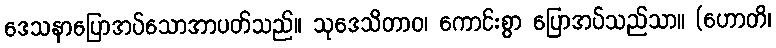
ဒေသနာပြောအပ်သောအာပတ်သည်။ သုဒေသိတာဝ၊ ကောင်းစွာ ပြောအပ်သည်သာ။ (ဟောတိ၊